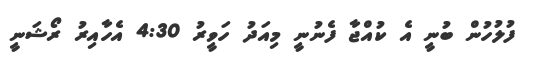
ފުލުހުން ބުނީ އެ ކުއްޖާ ފެނުނީ މިއަދު ހަވީރު 4:30 އެހާއިރު ރޯޝަނީ